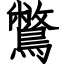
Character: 鷩